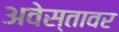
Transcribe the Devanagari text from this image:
अवेस्तावर